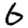
Digit: 6